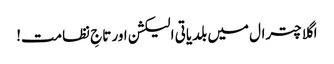
اگلا چترال میں بلدیاتی الیکشن اور تاجِ نظامت!